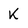
Character: K